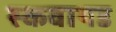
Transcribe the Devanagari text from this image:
स्कवायड